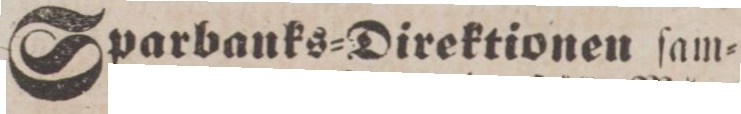
Sparbanks=Direktionen ſam=